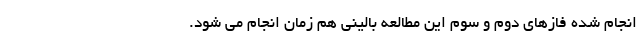
انجام شده فازهای دوم و سوم این مطالعه بالینی هم زمان انجام می شود.